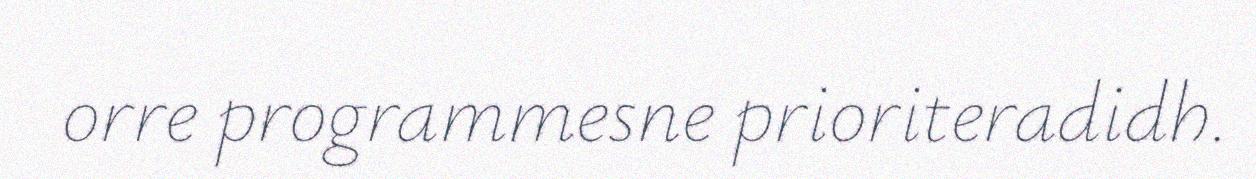
orre programmesne prioriteradidh.